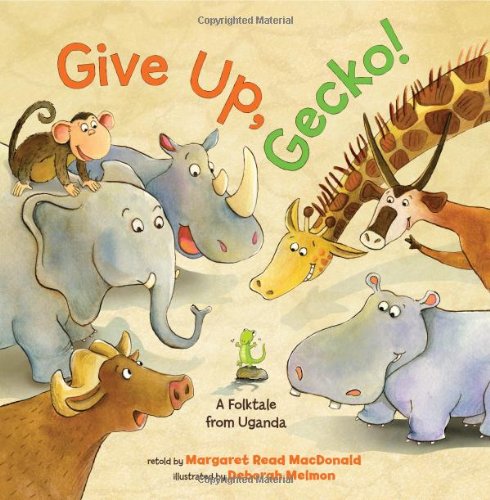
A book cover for Give Up, Gecko!; Margaret Read MacDonald; Children's Books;